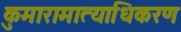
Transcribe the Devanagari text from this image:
कुमारामात्याधिकरण